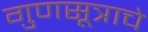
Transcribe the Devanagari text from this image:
गुणसूत्राचे